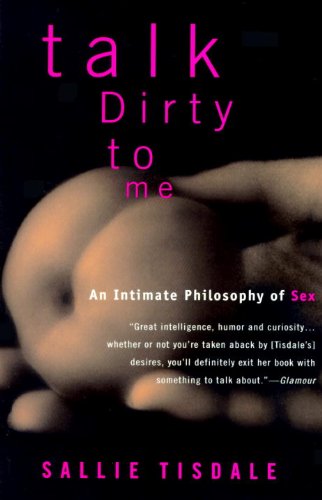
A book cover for Talk Dirty to Me: An Intimate Philosophy of Sex; Sallie Tisdale; Politics & Social Sciences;